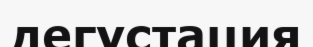
дегустация